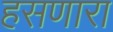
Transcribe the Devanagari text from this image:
हसणारा